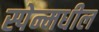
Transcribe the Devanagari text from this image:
स्पेन्मधील